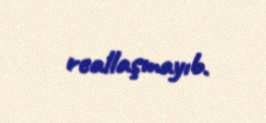
reallaşmayıb.